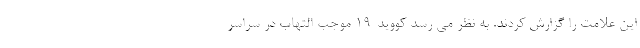
این علامت را گزارش کردند. به نظر می رسد کووید-19 موجب التهاب در سراسر